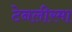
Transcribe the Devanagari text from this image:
टेनलीरमा